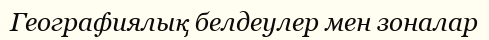
Географиялық белдеулер мен зоналар